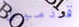
قادمين